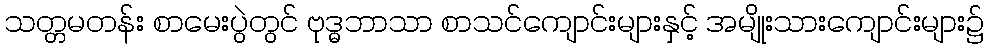
သတ္တမတန်း စာမေးပွဲတွင် ဗုဒ္ဓဘာသာ စာသင်ကျောင်းများနှင့် အမျိုးသားကျောင်းများ၌